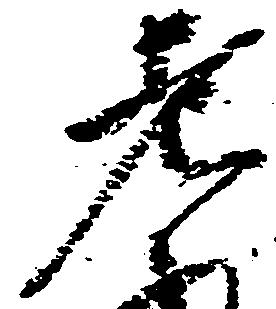
老